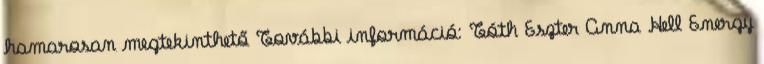
hamarosan megtekinthető További információ: Tóth Eszter Anna Hell Energy